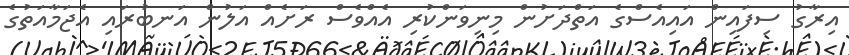
އިރާގު ސިފައިން އައިއެސްގެ އަތްދަށުން މިނިވަންކުރި އެއްވެސް ރަށެއް އަލުން އަނބުރައި އެޖަމާއަތުގެ